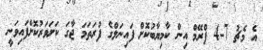
އެ މެޗު 7-4 ފްރޭމް އިން ކާމިޔާބުކޮށް ފައިނަލްގެ ފުރަތަމަ ޖާގަ ކަށަވަރުކޮށްފައިވަނީ